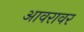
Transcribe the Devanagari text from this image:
आवरावर